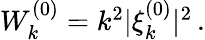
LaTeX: \begin{array}{r}{W_{k}^{(0)}=k^{2}|\xi_{k}^{(0)}|^{2}\, .}\end{array}